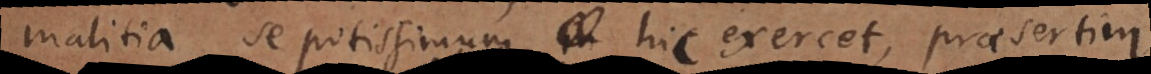
malitia se potissimum hic exercet, praesertim